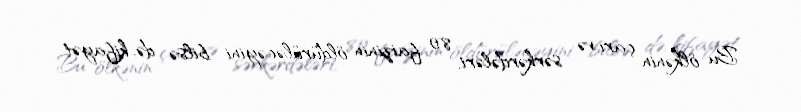
Bu ölkənin çarı və sərkərdələri, 80 faizinin öldürüləcəyini bilsə də, kifayət